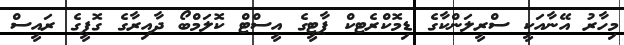
މިހާރު އޭނާއަކީ ސްރީލަންކާގެ ޑިމޮކްރެޓކް ޕާޓީގެ އީސްޓް ކޮލަމްބޯ ދާއިރާގެ ގޮފީގެ ރައީސް